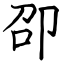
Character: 卲